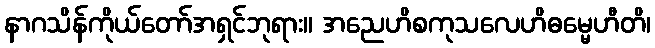
နာဂသိန်ကိုယ်တော်အရှင်ဘုရား။ အညေဟိစကုသလေဟိဓမ္မေဟီတိ၊